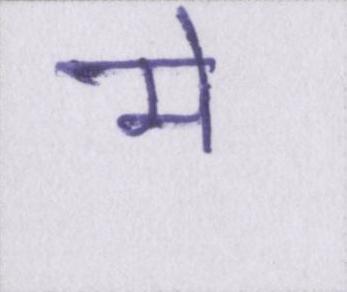
मे